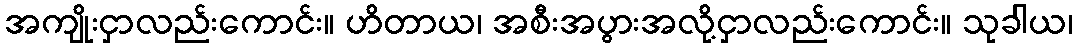
အကျိုးငှာလည်းကောင်း။ ဟိတာယ၊ အစီးအပွားအလို့ငှာလည်းကောင်း။ သုခါယ၊